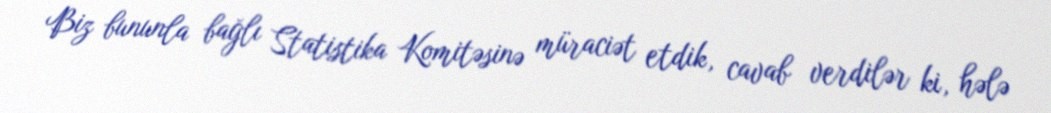
Biz bununla bağlı Statistika Komitəsinə müraciət etdik, cavab verdilər ki, hələ